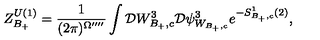
Z _ { B _ { + } } ^ { U ( 1 ) } = \frac { 1 } { ( 2 \pi ) ^ { \Omega ^ { \prime \prime \prime \prime } } } \int { \cal D } W _ { B _ { + } , c } ^ { 3 } { \cal D } \psi _ { W _ { B _ { + } , c } } ^ { 3 } e ^ { - S _ { B _ { + } , c } ^ { 1 } ( 2 ) } ,